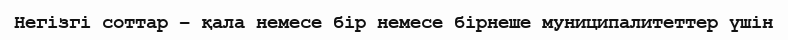
Негізгі соттар – қала немесе бір немесе бірнеше муниципалитеттер үшін